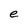
Character: e